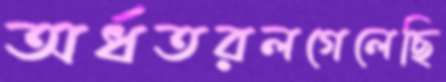
অর্ধতরলগেলেছি